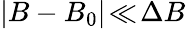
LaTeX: |B-B_{0}|\! \ll\! \Delta B